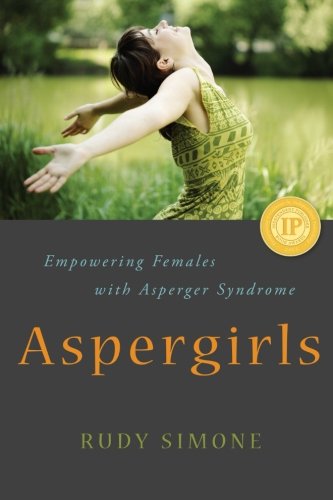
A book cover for Aspergirls: Empowering Females With Asperger Syndrome; Rudy Simone; Parenting & Relationships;